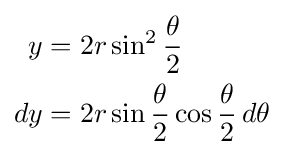
{\begin{aligned}y&=2r\sin ^{2}{\frac {\theta }{2}}\\dy&=2r\sin {\frac {\theta }{2}}\cos {\frac {\theta }{2}}\,d\theta \end{aligned}}